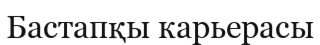
Бастапқы карьерасы